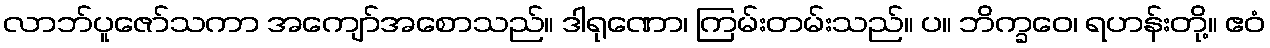
လာဘ်ပူဇော်သကာ အကျော်အစောသည်။ ဒါရုဏော၊ ကြမ်းတမ်းသည်။ ပ။ ဘိက္ခဝေ၊ ရဟန်းတို့။ ဧဝံ